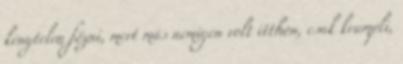
kénytelen főzni, mert más nemigen volt itthon, csak krumpli,